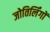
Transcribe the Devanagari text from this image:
जोतिर्लिंगों